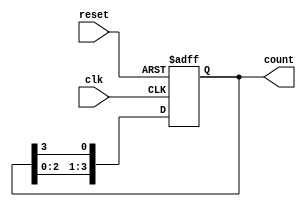
module ring_counter #(parameter N = 4) (
    input wire clk,               // Clock signal
    input wire reset,             // Asynchronous reset signal
    output reg [N-1:0] count      // Output count
);

// Initial state for the ring counter
initial begin
    count = 1'b1; // Initialize with single high bit at the least significant position
end

// On every clock pulse, shift the counter state
always @(posedge clk or posedge reset) begin
    if (reset) begin
        count <= 1'b1; // Reset to initial state (100..0)
    end else begin
        count <= {count[N-2:0], count[N-1]}; // Shift right
    end
end

endmodule